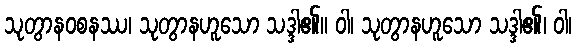
သုတွာနဝစနဿ၊ သုတွာနဟူသော သဒ္ဒါ၏။ ဝါ၊ သုတွာနဟူသော သဒ္ဒါ၏၊ ဝါ၊